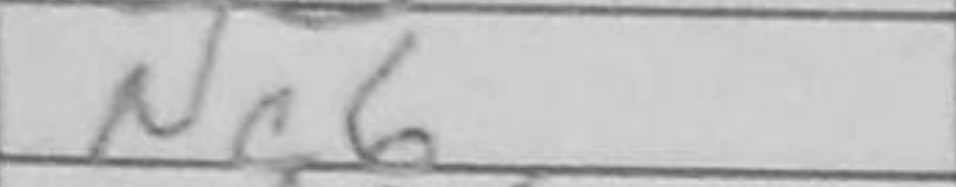
Transcription: Nc6